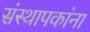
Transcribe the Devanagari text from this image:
संस्थापकांना